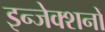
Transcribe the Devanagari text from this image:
इन्जेक्शनों